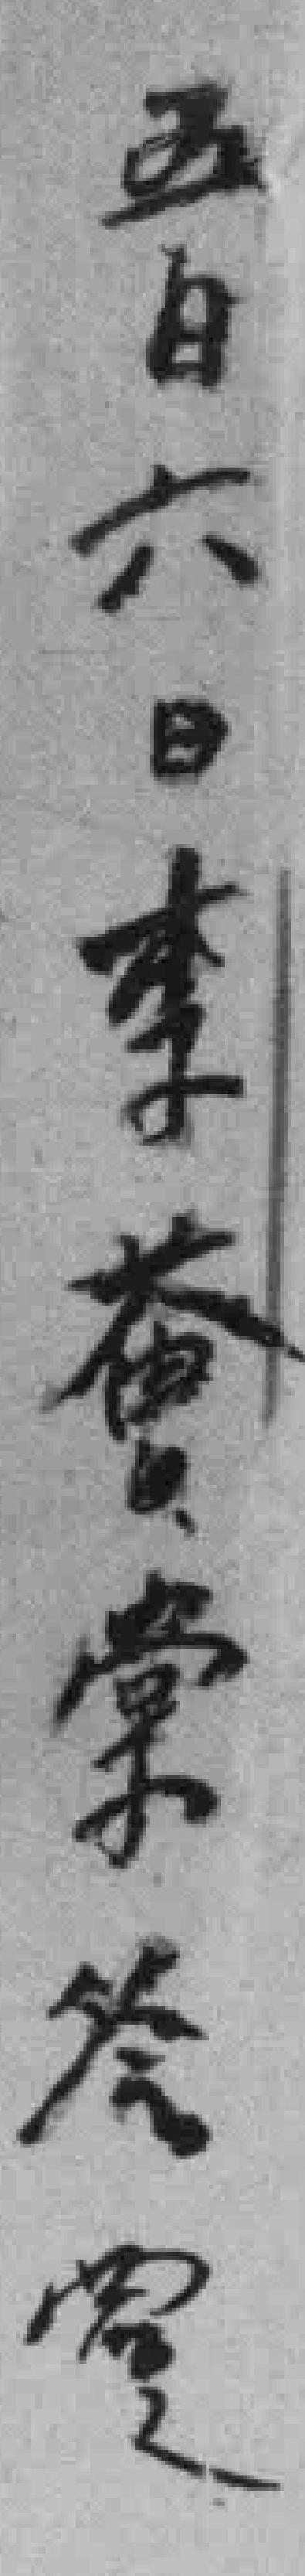
五日六日李薈棠答*